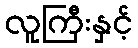
လူကြီးနှင့်